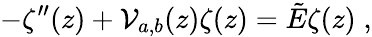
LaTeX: -\zeta^{\prime\prime}(z)+\mathcal{V}_{a,b}(z)\zeta(z)=\tilde{{E}}\zeta(z)\; ,